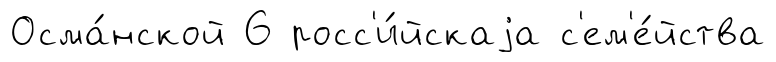
Осма́нской 6 росс'и́йскаjа с'ем'е́йства